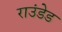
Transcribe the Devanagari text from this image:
राउंडेड